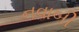
નવાબી